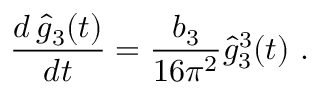
{ \frac { d \, \hat { g } _ { 3 } ( t ) } { d t } } = { \frac { b _ { 3 } } { 1 6 \pi ^ { 2 } } } \hat { g } _ { 3 } ^ { 3 } ( t ) ~ .